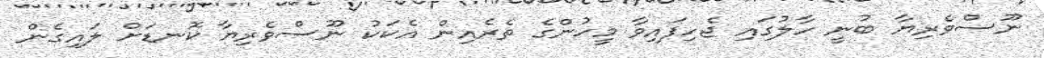
ނޫސްވެރިޔާ ބުނީ ހާލުގައި ޖެހިފައިވާ މީހުންގެ ތެރެއިން އެކަކު ނޫސްވެރިޔާ ކޮނޑަށް ލައިގެން